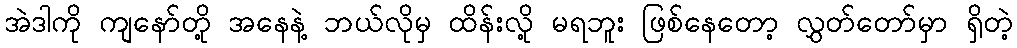
အဲဒါကို ကျနော်တို့ အနေနဲ့ ဘယ်လိုမှ ထိန်းလို့ မရဘူး ဖြစ်နေတော့ လွှတ်တော်မှာ ရှိတဲ့